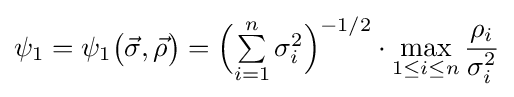
\psi _{1}=\psi _{1}{\big (}{\vec {\sigma }},{\vec {\rho }}{\big )}={\Big (}{\textstyle \sum \limits _{i=1}^{n}\sigma _{i}^{2}}{\Big )}^{-1/2}\cdot \max _{1\leq i\leq n}{\frac {\rho _{i}}{\sigma _{i}^{2}}}